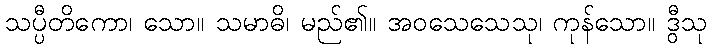
သပ္ပီတိကော၊ သော။ သမာဓိ၊ မည်၏။ အဝသေသေသု၊ ကုန်သော။ ဒွီသု